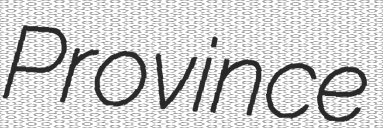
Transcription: Province